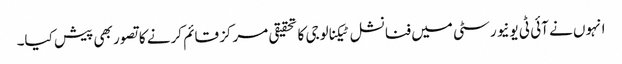
انہوں نے آئی ٹی یونیورسٹی میں فنانشل ٹیکنالوجی کا تحقیقی مرکز قائم کرنے کا تصور بھی پیش کیا۔